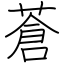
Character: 蒼